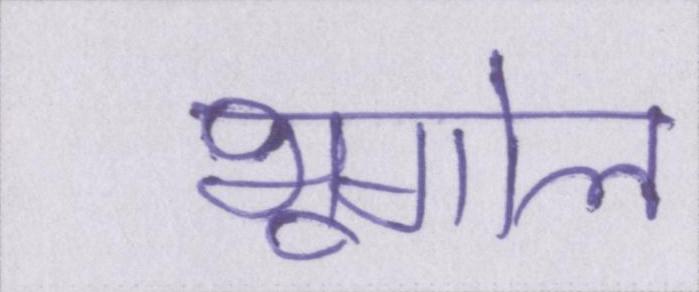
भूगोल